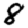
Digit: 8